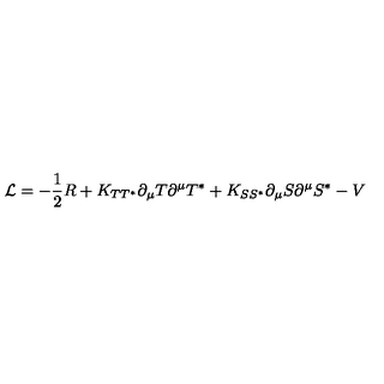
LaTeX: { \cal { L } } = - \frac { 1 } { 2 } R + K _ { T T ^ { * } } \partial _ { \mu } T \partial ^ { \mu } T ^ { * } + K _ { S S ^ { * } } \partial _ { \mu } S \partial ^ { \mu } S ^ { * } - V